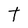
Character: t